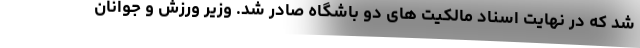
شد که در نهایت اسناد مالکیت های دو باشگاه صادر شد. وزیر ورزش و جوانان